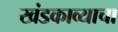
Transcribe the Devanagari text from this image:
खंडकाव्याचा